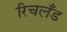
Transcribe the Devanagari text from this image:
रिचलँड